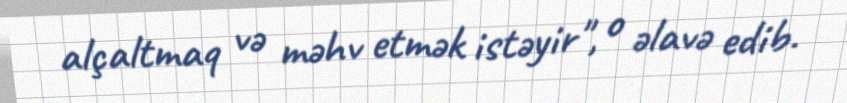
alçaltmaq və məhv etmək istəyir", o əlavə edib.